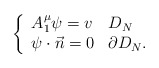
\begin{align*}\left\{\begin{array}{ll}A_1^{\mu}\psi=v &D_N\\ \psi\cdot \vec{n}=0 & \partial D_N.\end{array}\right.\end{align*}